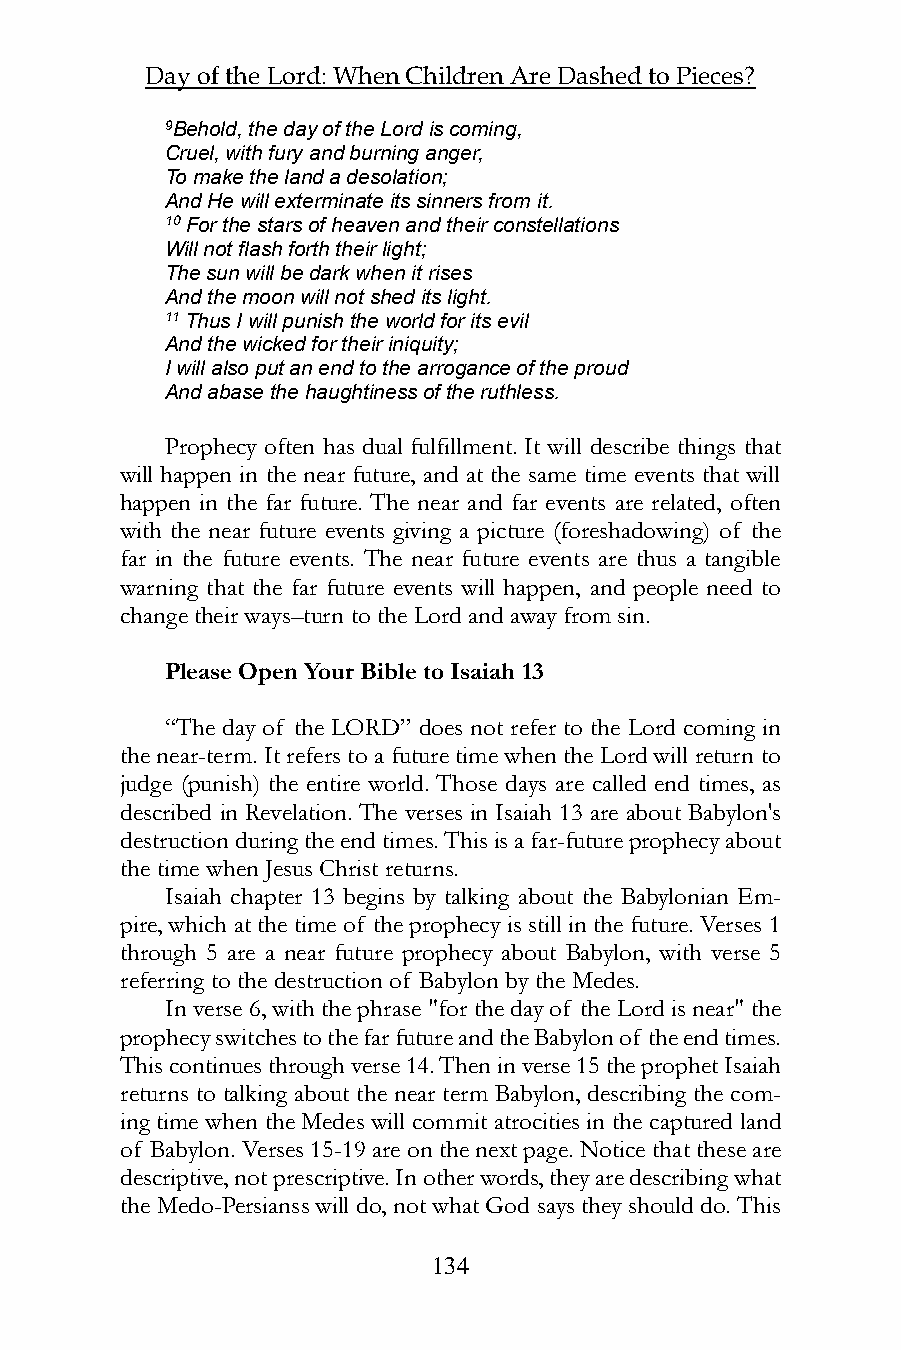
Day of the Lord: When Children Are Dashed to Pieces?
 9Behold, the day of the Lord is coming,
 Cruel, with fury and burning anger,
 To make the land a desolation;
 And He will exterminate its sinners from it.
 10 For the stars of heaven and their constellations
 Will not flash forth their light;
 The sun will be dark when it rises
 And the moon will not shed its light.
 11 Thus I will punish the world for its evil
 And the wicked for their iniquity;
 I will also put an end to the arrogance of the proud
 And abase the haughtiness of the ruthless.
 Prophecy often has dual fulfillment. It will describe things that
 will happen in the near future, and at the same time events that will
 happen in the far future. The near and far events are related, often
 with the near future events giving a picture (foreshadowing) of the
 far in the future events. The near future events are thus a tangible
 warning that the far future events will happen, and people need to
 change their ways–turn to the Lord and away from sin.
 Please Open Your Bible to Isaiah 13
 “The day of the LORD” does not refer to the Lord coming in
 the near-term. It refers to a future time when the Lord will return to
 judge (punish) the entire world. Those days are called end times, as
 described in Revelation. The verses in Isaiah 13 are about Babylon's
 destruction during the end times. This is a far-future prophecy about
 the time when Jesus Christ returns.
 Isaiah chapter 13 begins by talking about the Babylonian Em-
 pire, which at the time of the prophecy is still in the future. Verses 1
 through 5 are a near future prophecy about Babylon, with verse 5
 referring to the destruction of Babylon by the Medes.
 In verse 6, with the phrase "for the day of the Lord is near" the
 prophecy switches to the far future and the Babylon of the end times.
 This continues through verse 14. Then in verse 15 the prophet Isaiah
 returns to talking about the near term Babylon, describing the com-
 ing time when the Medes will commit atrocities in the captured land
 of Babylon. Verses 15-19 are on the next page. Notice that these are
 descriptive, not prescriptive. In other words, they are describing what
 the Medo-Persianss will do, not what God says they should do. This
 134